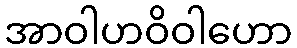
အာဝါဟဝိဝါဟော